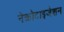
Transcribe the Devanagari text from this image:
नेक्रोटाइजेशन